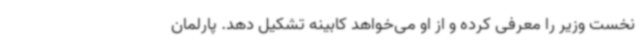
نخست وزیر را معرفی کرده و از او می‌خواهد کابینه تشکیل دهد. پارلمان